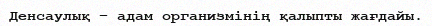
Денсаулық – адам организмінің қалыпты жағдайы.